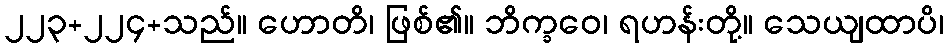
၂၂၃+၂၂၄+သည်။ ဟောတိ၊ ဖြစ်၏။ ဘိက္ခဝေ၊ ရဟန်းတို့။ သေယျထာပိ၊